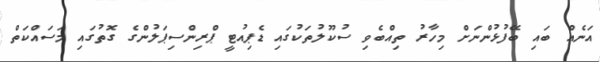
އަނެއް ބައި ބޭފުޅުންނަށް މިހާރު ތިއްބެވި ސުކޫލުތަކުގައި ޑެޕިއުޓީ ޕްރިންސިޕަލުންގެ ގޮތުގައި މަސައްކަތް